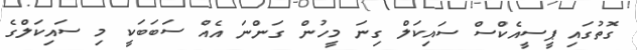
ގޮތުގައި ޕީސީއެކްސް ސައިކަލް ގިނަ މީހުން ގަންނަ އެއް ސަބަބަކީ މި ސައިކަލްގެ